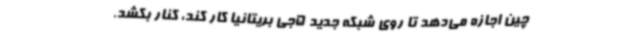
چین اجازه می‌دهد تا روی شبکه جدید 5جی بریتانیا کار کند، کنار بکشد.